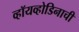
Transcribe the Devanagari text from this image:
व्हॉयव्होडिनाची